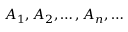
A _ { 1 } , A _ { 2 } , \dots , A _ { n } , \dots